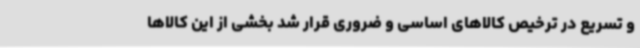
و تسریع در ترخیص کالاهای اساسی و ضروری قرار شد بخشی از این کالاها